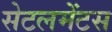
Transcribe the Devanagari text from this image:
सेटलमेंटस